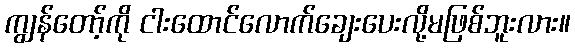
ကျွန်တော့်ကို ငါးထောင်လောက်ချေးပေးလို့မဖြစ်ဘူးလား။